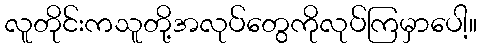
လူတိုင်းကသူတို့အလုပ်တွေကိုလုပ်ကြမှာပေါ့။